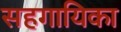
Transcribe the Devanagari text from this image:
सहगायिका